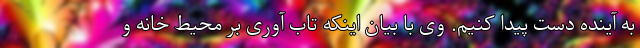
به آینده دست پیدا کنیم. وی با بیان اینکه تاب آوری بر محیط خانه و